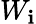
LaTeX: W_{\mathbf{i}}